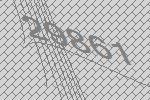
29861